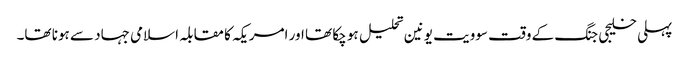
پہلی خلیجی جنگ کے وقت سوویت یونین تحلیل ہو چکا تھا اور امریکہ کا مقابلہ اسلامی جہاد سے ہونا تھا۔